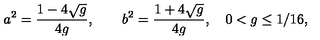
a ^ { 2 } = \frac { 1 - 4 \sqrt g } { 4 g } , \qquad b ^ { 2 } = \frac { 1 + 4 \sqrt g } { 4 g } , \quad 0 < g \leq 1 / 1 6 ,